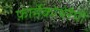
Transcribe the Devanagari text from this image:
फ़ार्मेकोथेरैपी